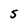
Character: 5